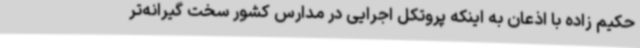
حکیم زاده با اذعان به اینکه پروتکل اجرایی در مدارس کشور سخت گیرانه‌تر